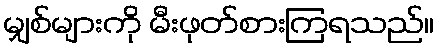
မျှစ်များကို မီးဖုတ်စားကြရသည်။